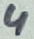
Text: 4